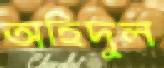
অহিদুল